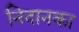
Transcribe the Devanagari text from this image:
निदानका